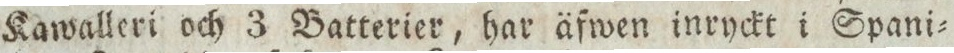
Kawalleri och 3 Batterier, har äfwen inryckt i Spani=